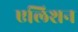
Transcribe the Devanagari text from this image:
एलिशन